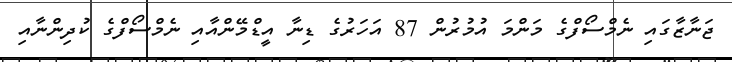
ޖަނާޒާގައި ނެމްސޯފްގެ މަންމަ އުމުރުން 87 އަހަރުގެ ޑިނާ އީޑްމޭންއާއި ނެމްސޯފްގެ ކުދިންނާއި